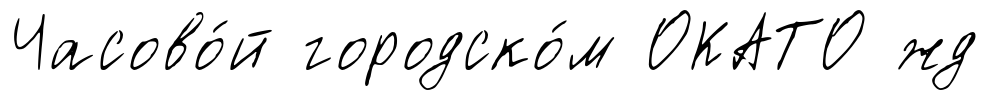
Часово́й городско́м ОКАТО жд